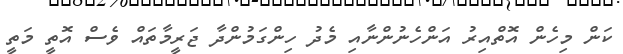
ކަން މިހެން އޮތްއިރު އަންހެނުންނާއި މެދު ހިންގަމުންދާ ޖަރީމާތައް ވެސް އޮތީ މަތީ